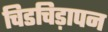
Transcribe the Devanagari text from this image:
चिडचिड़ापन